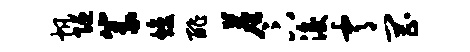
帆陋篆焕酢尘卞浚霄罔